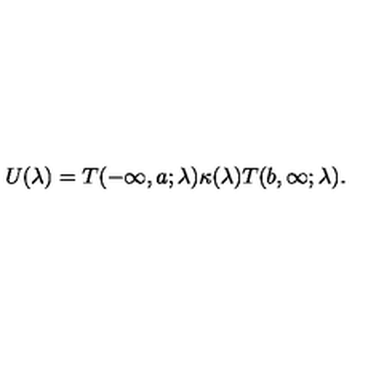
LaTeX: U ( \lambda ) = T ( - \infty , a ; \lambda ) \kappa ( \lambda ) T ( b , \infty ; \lambda ) .